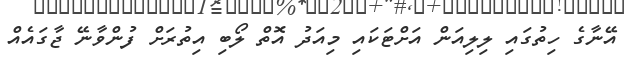
އޭނާގެ ހިތުގައި ލިލިއަން އަށްޓަކައި މިއަދު އޮތް ލޯބި އިތުރަށް ފުންވާނޭ ޖާގައެއް